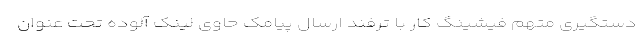
دستگیری متهم فیشینگ کار با ترفند ارسال پیامک حاوی لینک آلوده تحت عنوان